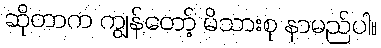
ဆိုတာက ကျွန်တော့် မိသားစု နာမည်ပါ။